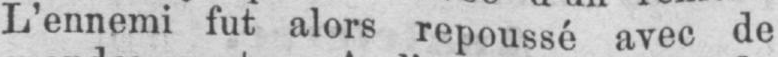
L’ennemi fut alors repoussé avec de